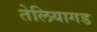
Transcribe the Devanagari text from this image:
तेलियागड